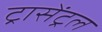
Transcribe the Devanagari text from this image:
ट्रासेंट्रल